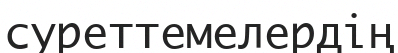
суреттемелердің